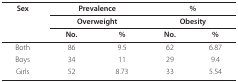
| Sex | <COLSPAN=2> Prevalence | <COLSPAN=2> % |
 |  | <COLSPAN=2> Overweight | <COLSPAN=2> Obesity |
 | --- | --- | --- | --- | --- |
 |  | No. | % | No. | % |
 | Both | 86 | 9.5 | 62 | 6.87 |
 | Boys | 34 | 11 | 29 | 9.4 |
 | Girls | 52 | 8.73 | 33 | 5.54 |